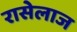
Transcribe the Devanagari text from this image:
रासेलाज